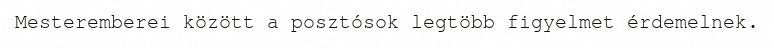
Mesteremberei között a posztósok legtöbb figyelmet érdemelnek.